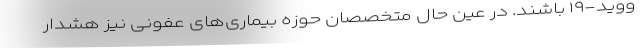
ووید-۱۹ باشند. در عین حال متخصصان حوزه بیماری‌های عفونی نیز هشدار